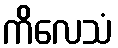
ကိလေသံ